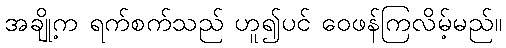
အချို့က ရက်စက်သည် ဟူ၍ပင် ဝေဖန်ကြလိမ့်မည်။